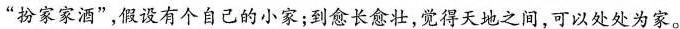
“扮家家酒”，假设有个自己的小家;到愈长愈壮,觉得天地之间,可以处处为家。